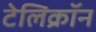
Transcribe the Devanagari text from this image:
टेलिक्रॉन